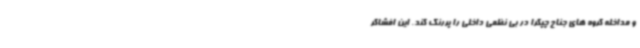
و مداخله گروه های جناح چپگرا در بی نظمی داخلی را پررنگ کند. این افشاگر